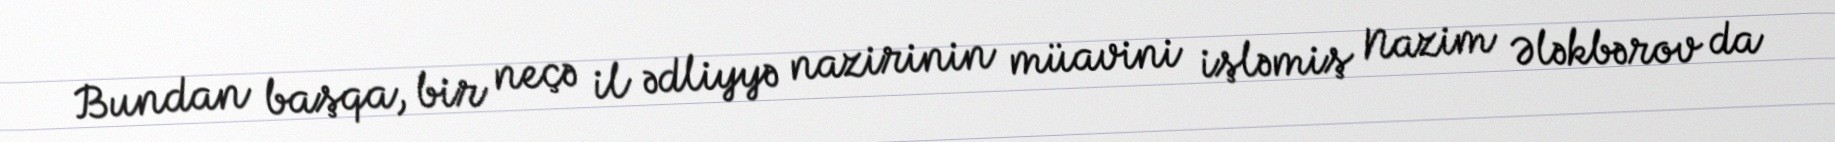
Bundan başqa, bir neçə il ədliyyə nazirinin müavini işləmiş Nazim Ələkbərov da